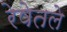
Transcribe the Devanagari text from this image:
रेषेतले